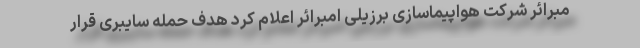
مبرائر شرکت هواپیماسازی برزیلی امبرائر اعلام کرد هدف حمله سایبری قرار